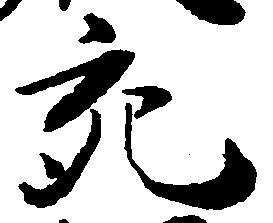
充